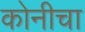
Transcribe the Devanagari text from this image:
कोनीचा